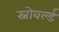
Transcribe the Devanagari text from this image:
स्नोवर्ल्ड